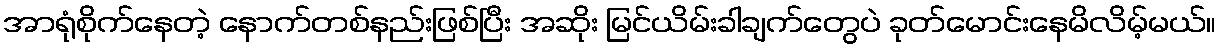
အာရုံစိုက်နေတဲ့ နောက်တစ်နည်းဖြစ်ပြီး အဆိုး မြင်ယိမ်းခါချက်တွေပဲ ခုတ်မောင်းနေမိလိမ့်မယ်။